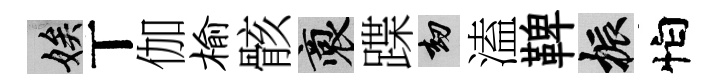
娭丅伽榆骸裔蹀劫溘鞞振怕